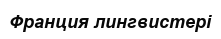
Франция лингвистері